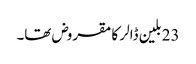
23 بلین ڈالر کا مقروض تھا۔